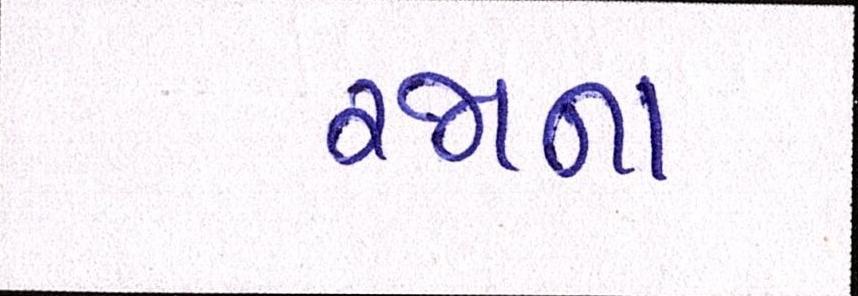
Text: રજાના